Indian journal of veterinary science and animal husbandry - Volume 4,
Year: 1934
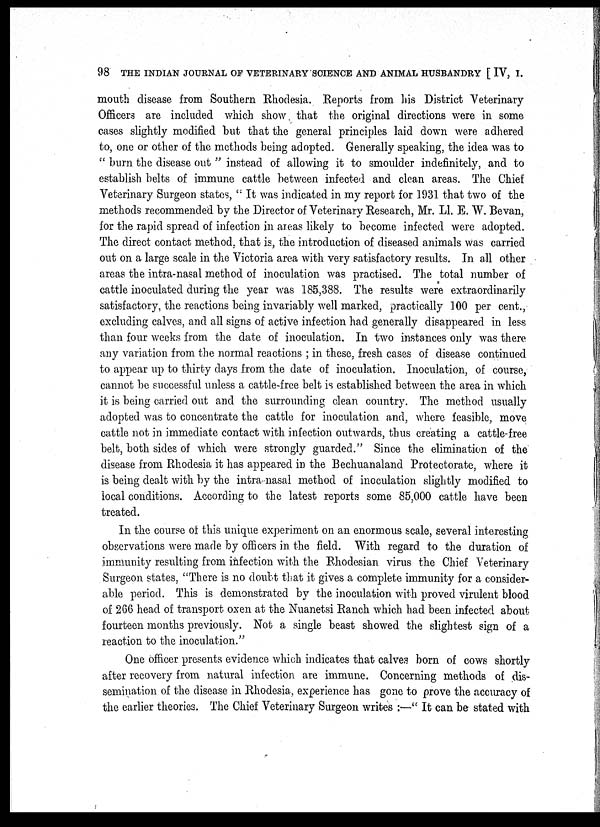
98 THE INDIAN JOURNAL OF VETERINARY SCIENCE AND ANIMAL HUSBANDRY [ IV, I.
mouth disease from Southern Rhodesia. Reports from his District Veterinary
Officers are included which show that the original directions were in some
cases slightly modified but that the general principles laid down were adhered
to, one or other of the methods being adopted. Generally speaking, the idea was to
" burn the disease out " instead of allowing it to smoulder indefinitely, and to
establish, belts of immune cattle between infected and clean areas. The Chief
Veterinary Surgeon states, " It was indicated in my report for 1931 that two of the
methods recommended by the Director of Veterinary Research, Mr. LI. E. W. Bevan,
for the rapid spread of infection in areas likely to become infected were adopted.
The direct contact method, that is, the introduction of diseased animals was carried
out on a large scale in the Victoria area with very satisfactory results. In all other
areas the intra-nasal method of inoculation was practised. The total number of
cattle inoculated during the year was 185,388. The results were extraordinarily
satisfactory, the reactions being invariably well marked, practically 100 per cent.,
excluding calves, and all signs of active infection had generally disappeared in less
than four weeks from the date of inoculation. In two instances only was there
any variation from the normal reactions ; in these, fresh cases of disease continued
to appear up to thirty days from the date of inoculation. Inoculation, of course,
cannot be successful unless a cattle-free belt is established between the area in which
it is being carried out and the surrounding clean country. The method usually
adopted was to concentrate the cattle for inoculation and, where feasible, move
cattle not in immediate contact with infection outwards, thus creating a cattle-free
belt, both sides of which were strongly guarded" Since the elimination of the
disease from Rhodesia it has appeared in the Bechuanaland Protectorate, where it
is being dealt with by the intra nasal method of inoculation slightly modified to
local conditions. According to the latest reports some 85,000 cattle have been
treated.
In the course of this unique experiment on an enormous scale, several interesting
observations were made by officers in the field. With regard to the duration of
immunity resulting from infection with the Rhodesian virus the Chief Veterinary
Surgeon states, "There is no doubt that it gives a complete immunity for a consider-
able period. This is demonstrated by the inoculation with proved virulent blood
of 266 head of transport oxen at the Nuanetsi Ranch which had been infected about
fourteen months previously. Not a single beast showed the slightest sign of a
reaction to the inoculation."
One officer presents evidence which indicates that calves born of cows shortly
after recovery from natural infection are immune. Concerning methods of dis-
semination of the disease in Rhodesia, experience has gone to prove the accuracy of
the earlier theories. The Chief Veterinary Surgeon writes :—" It can be stated with